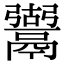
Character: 𩱍